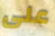
على